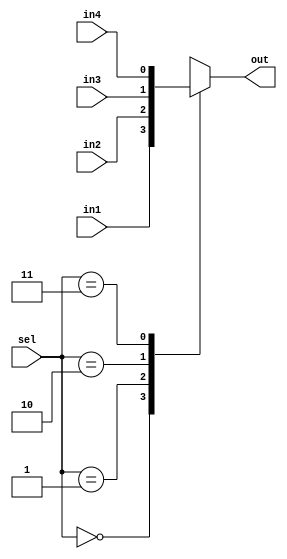
/*********************************************************
 *
 *  Module: mux4_1.v
 *  Project: Hunter_RV32
 *  Description: 4 by 1 Multiplexer
 *
 *********************************************************/
`timescale 1ns/1ns

module mux4_1 (
    sel,
    in1,
    in2,
    in3,
    in4,
    out
);
    parameter N=1;
    input [1:0] sel;
    input [N-1:0] in1;
    input [N-1:0] in2;
    input [N-1:0] in3;
    input [N-1:0] in4;
    output reg [N-1:0] out;
    
    always @(*) begin
        case(sel)
            2'b00: out = in1;
            2'b01: out = in2;
            2'b10: out = in3;
            2'b11: out = in4;
        endcase
    end
    
endmodule